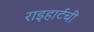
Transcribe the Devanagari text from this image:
राइहार्टची